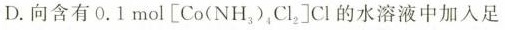
D.向含有 $$0.1mol \left[ Co(NH_{3})_{4}Cl_{2}\right] Cl$$ 的水溶液中加入足